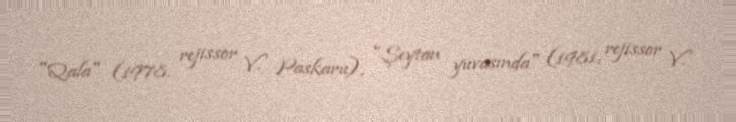
"Qala" (1978, rejissor V. Paskaru), "Şeytan yuvasında" (1981, rejissor V.